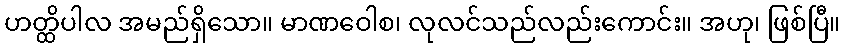
ဟတ္ထိပါလ အမည်ရှိသော။ မာဏဝေါစ၊ လုလင်သည်လည်းကောင်း။ အဟု၊ ဖြစ်ပြီ။